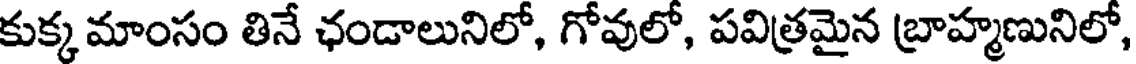
కుక్కమాంసం తినే ఛండాలునిలో, గోవులో, పవిత్రమైన బ్రాహ్మణునిలో,